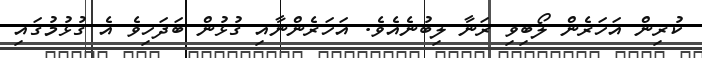
ކުރިން އަހަރެން ލޯބިވި ރަނާ ލިބުނެއެވެ. އަހަރެންނާއި ގުޅުން ބަދަހިވެ އެ ގުޅުމުގައި